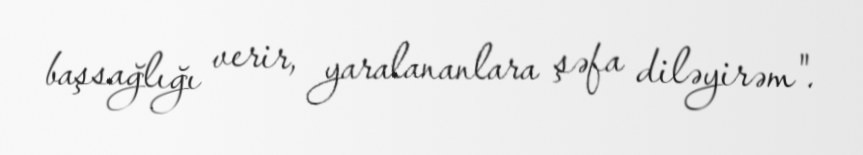
başsağlığı verir, yaralananlara şəfa diləyirəm".